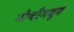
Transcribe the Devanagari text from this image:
गोष्टीमधून